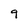
Character: 9